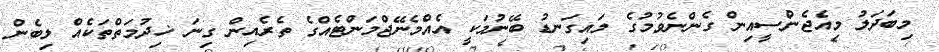
މިބަދަލު މިއެޖެންސީއިން ގެންނެވުމުގެ މައިގަނޑު ބޭނުމަކީ އެއްމެނޭޖްމަންޓެއްގެ ތެރެއިން ގިނަ ޚިދުމަތްތަކެއް ލިބެން